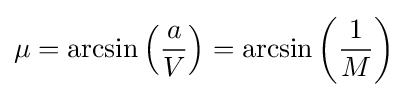
\mu =\arcsin \left({\frac {a}{V}}\right)=\arcsin \left({\frac {1}{M}}\right)